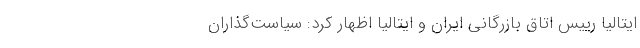
ایتالیا رییس اتاق بازرگانی ایران و ایتالیا اظهار کرد: سیاست‌گذاران